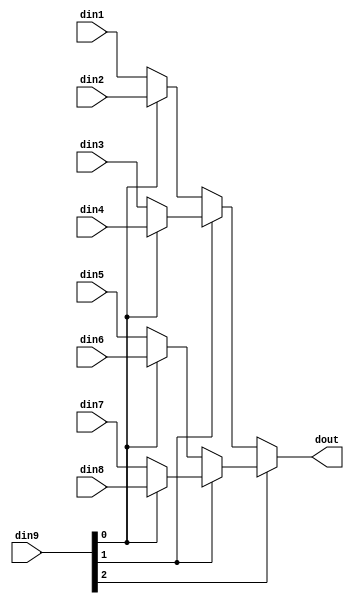
// ==============================================================
// File generated by Vivado(TM) HLS - High-Level Synthesis from C, C++ and SystemC
// Version: 2015.3
// Copyright (C) 2015 Xilinx Inc. All rights reserved.
// 
// ==============================================================


`timescale 1ns/1ps

module hls_target_mux_8to1_sel3_8_1 #(
parameter
    ID                = 0,
    NUM_STAGE         = 1,
    din1_WIDTH       = 32,
    din2_WIDTH       = 32,
    din3_WIDTH       = 32,
    din4_WIDTH       = 32,
    din5_WIDTH       = 32,
    din6_WIDTH       = 32,
    din7_WIDTH       = 32,
    din8_WIDTH       = 32,
    din9_WIDTH         = 32,
    dout_WIDTH            = 32
)(
    input  [7 : 0]     din1,
    input  [7 : 0]     din2,
    input  [7 : 0]     din3,
    input  [7 : 0]     din4,
    input  [7 : 0]     din5,
    input  [7 : 0]     din6,
    input  [7 : 0]     din7,
    input  [7 : 0]     din8,
    input  [2 : 0]    din9,
    output [7 : 0]   dout);

// puts internal signals
wire [2 : 0]     sel;
// level 1 signals
wire [7 : 0]         mux_1_0;
wire [7 : 0]         mux_1_1;
wire [7 : 0]         mux_1_2;
wire [7 : 0]         mux_1_3;
// level 2 signals
wire [7 : 0]         mux_2_0;
wire [7 : 0]         mux_2_1;
// level 3 signals
wire [7 : 0]         mux_3_0;

assign sel = din9;

// Generate level 1 logic
assign mux_1_0 = (sel[0] == 0)? din1 : din2;
assign mux_1_1 = (sel[0] == 0)? din3 : din4;
assign mux_1_2 = (sel[0] == 0)? din5 : din6;
assign mux_1_3 = (sel[0] == 0)? din7 : din8;

// Generate level 2 logic
assign mux_2_0 = (sel[1] == 0)? mux_1_0 : mux_1_1;
assign mux_2_1 = (sel[1] == 0)? mux_1_2 : mux_1_3;

// Generate level 3 logic
assign mux_3_0 = (sel[2] == 0)? mux_2_0 : mux_2_1;

// output logic
assign dout = mux_3_0;

endmodule